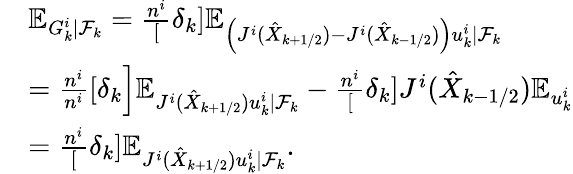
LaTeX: \begin{array}{rl}&{\mathbb{E}_{G_{k}^{i}\mid\mathcal{F}_{k}}=\frac{n^{i}}[\delta_{k}]\mathbb{E}_{\Big(J^{i}(\hat{X}_{k+1/2})-J^{i}(\hat{X}_{k-1/2})\Big)u_{k}^{i}\mid\mathcal{F}_{k}}}\\ &{=\frac{n^{i}}{n^{i}}[\delta_{k}\Big]\mathbb{E}_{J^{i}(\hat{X}_{k+1/2})u_{k}^{i}\mid\mathcal{F}_{k}}-\frac{n^{i}}[\delta_{k}]J^{i}(\hat{X}_{k-1/2})\mathbb{E}_{u_{k}^{i}}}\\ &{=\frac{n^{i}}[\delta_{k}]\mathbb{E}_{J^{i}(\hat{X}_{k+1/2})u_{k}^{i}\mid\mathcal{F}_{k}}.}\end{array}